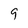
Character: 9